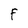
Character: F